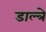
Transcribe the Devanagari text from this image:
डाल्त्रे